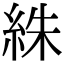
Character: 絑